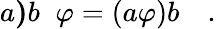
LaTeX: a\mathbf{)}b\; \; \varphi=(a\varphi)b\quad.